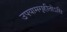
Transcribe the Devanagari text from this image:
उपयामगृहीतोऽसि